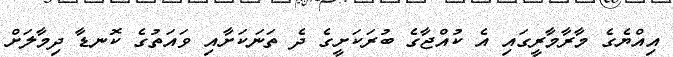
އިއްޔެގެ މާރާމާރީގައި އެ ކުއްޖާގެ ބުރަކަށީގެ ދެ ތަނަކަށާއި ވައަތުގެ ކޮނޑާ ދިމާލަށް